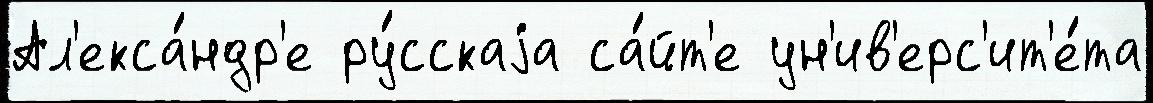
Ал'екса́ндр'е ру́сскаjа са́йт'е ун'ив'ерс'ит'е́та